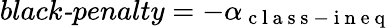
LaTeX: \textit{black-penalty}=-\alpha_{\mathrm{~c~l~a~s~s~-~i~n~e~q~}}